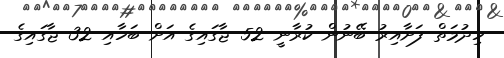
ހިދުމަތް ފަށާއިރު ބޭނުން ކުރާނީ 52 ޖާގައިގެ އަށް ބަހާއި 32 ޖާގައިގެ